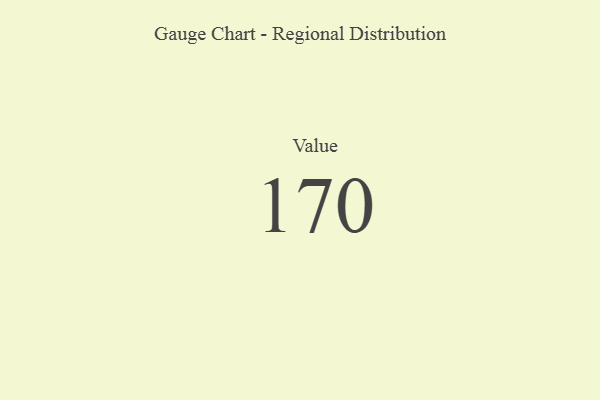
{"axis": {"x": "Metric", "y": "Value"}, "legend": [""], "data": [{"x": "Value", "y": 170, "type": ""}]}